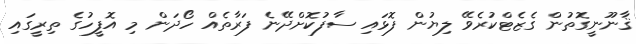
ޤާނޫނީގޮތުން ގެޒެޓްކުރެވޭ ލިޔުން ފޮޅައި ސާފުކޮށްދޭނެ ފަރާތެއް ހޯދަން މި އޮފީހުގެ ތިރީގައި